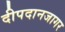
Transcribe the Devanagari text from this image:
दीपदानजागर